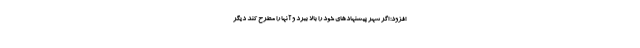
افزود: اگر شهر پیشنهادهای خود را بالا ببرد و آنها را مطرح کند دیگر